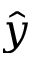
\hat { y }